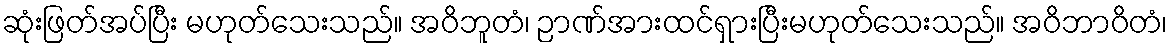
ဆုံးဖြတ်အပ်ပြီး မဟုတ်သေးသည်။ အဝိဘူတံ၊ ဉာဏ်အားထင်ရှားပြီးမဟုတ်သေးသည်။ အဝိဘာဝိတံ၊